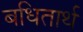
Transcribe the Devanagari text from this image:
बधितार्थ